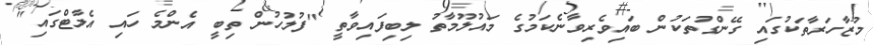
މުޒާހަރާތަކުގައި ގޭންގުތަކުން ބައިވެރިވާނެކަމުގެ މައުލޫމާތު ލިބިފައިވާތީ "ފުލުހުން ތިބީ އެންމެ ހައި އެލާޓްގައި"